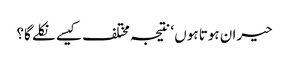
حیران ہوتا ہوں ‘ نتیجہ مختلف کیسے نکلے گا؟